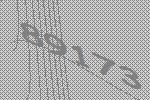
89173